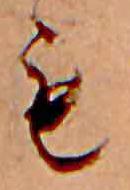
も